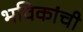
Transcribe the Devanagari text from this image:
भविकांची